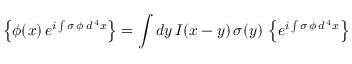
\left\{ \phi ( x ) \, e ^ { i \int \sigma \, \phi \, d ^ { \, 4 } x } \right\} = \int d y \, I ( x - y ) \, \sigma ( y ) \, \left\{ e ^ { i \int \sigma \, \phi \, d ^ { \, 4 } x } \right\}